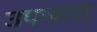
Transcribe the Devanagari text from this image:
उपजाए।